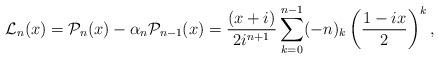
LaTeX: \begin{align*}\mathcal{L}_n(x)=\mathcal{P}_n(x)-\alpha_n\mathcal{P}_{n-1}(x)=\dfrac{(x+i)}{2i^{n+1}} \sum_{k=0}^{n-1}(-n)_k \left(\dfrac{1-ix}{2}\right)^{k},\end{align*}